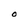
Character: O